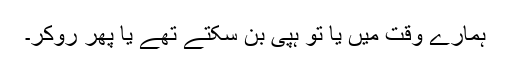
ہمارے وقت میں یا تو ہپی بن سکتے تھے یا پھر روکر۔